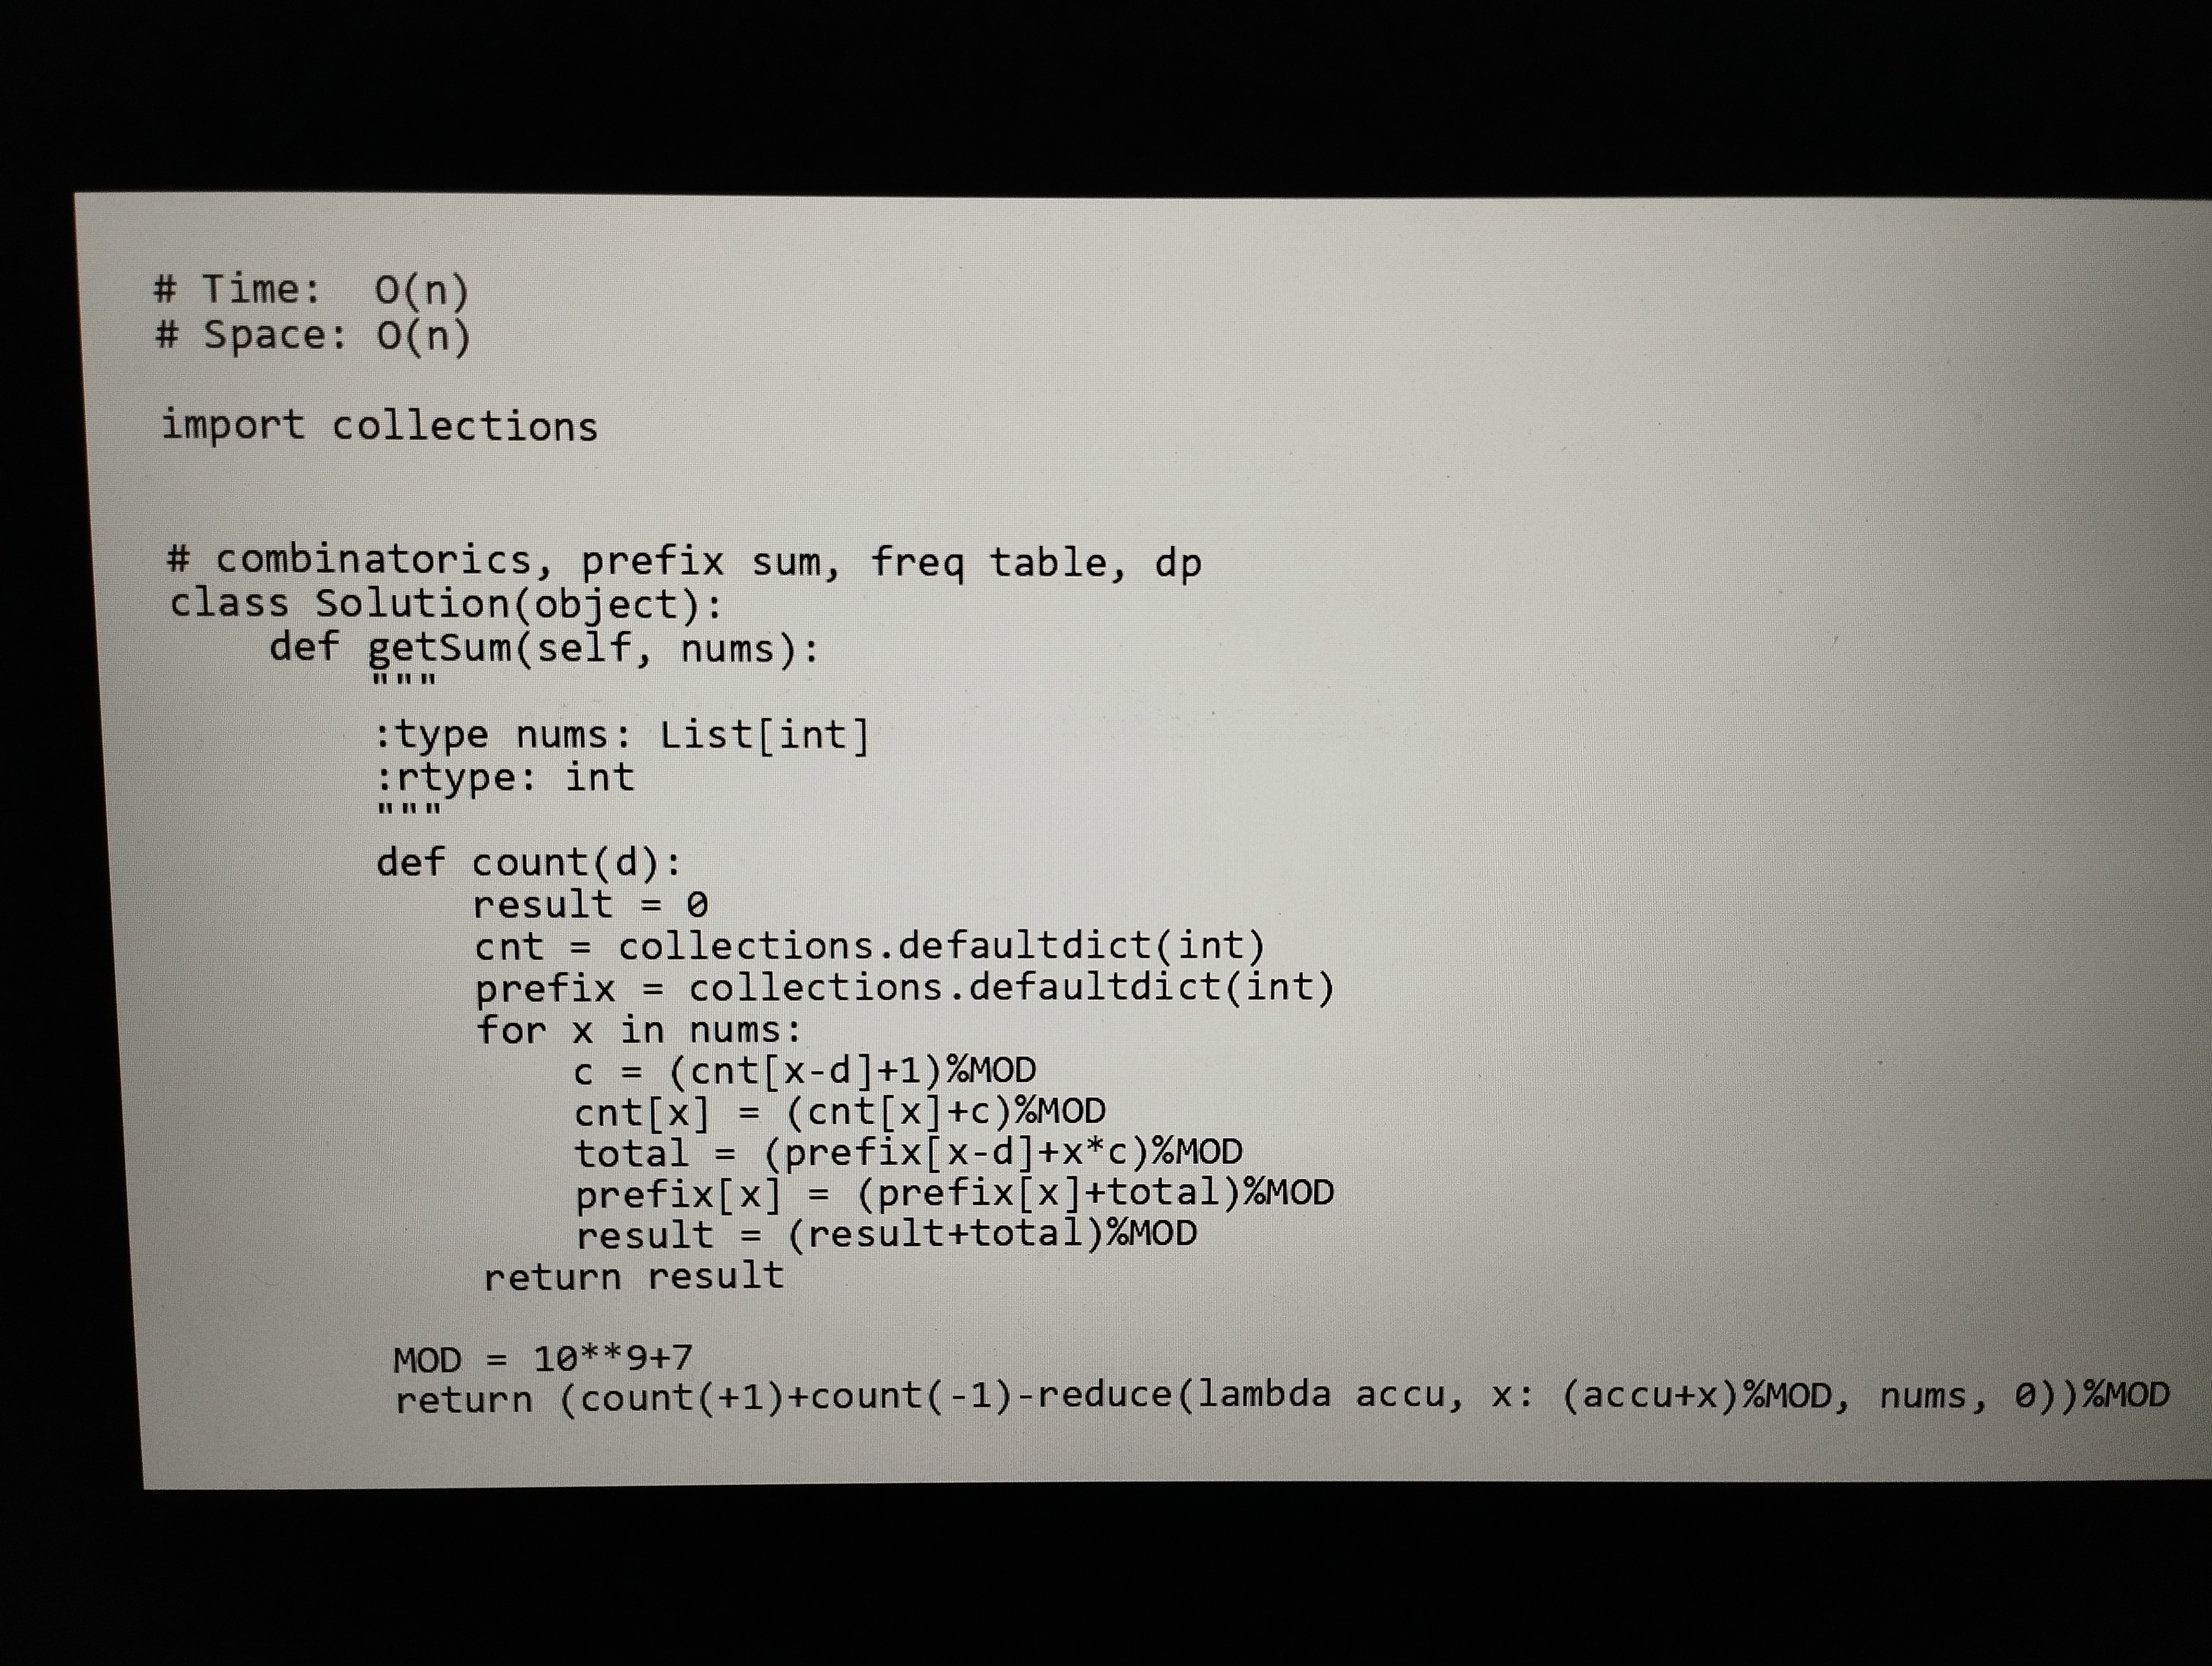
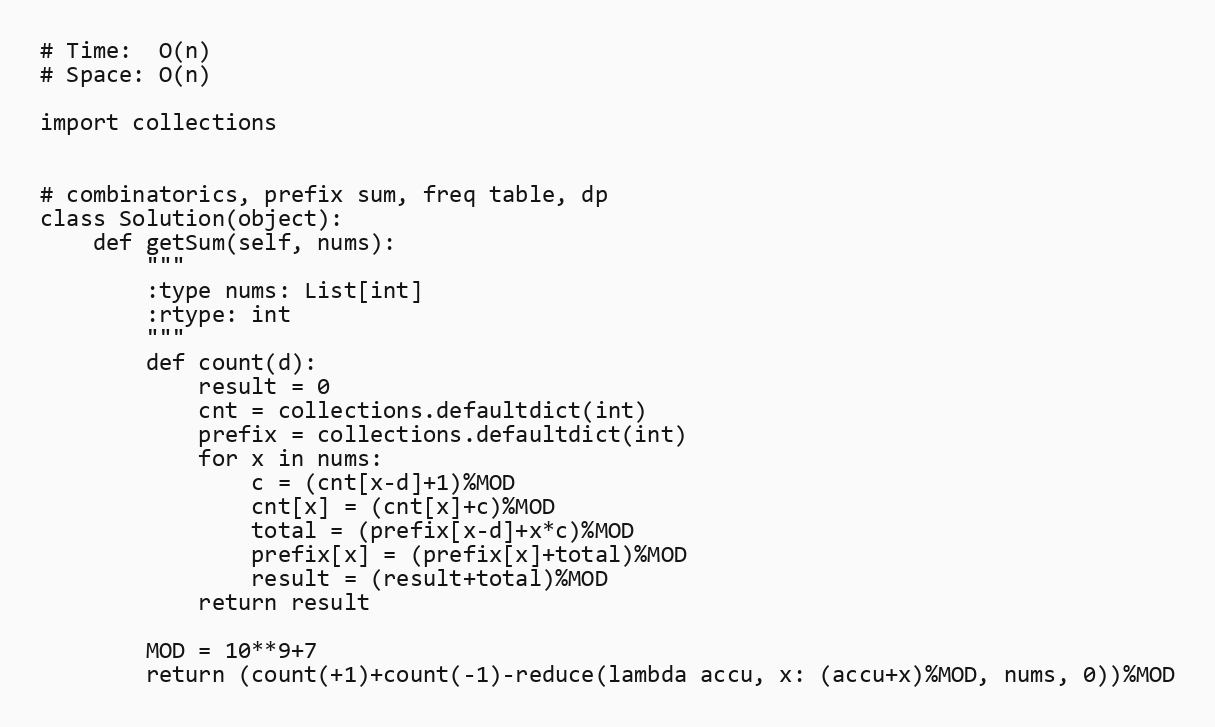
# Time:  O(n)
# Space: O(n)

import collections

# combinatorics, prefix sum, freq table, dp
class Solution(object):
    def getSum(self, nums):
        """
        :type nums: List[int]
        :rtype: int
        """
        def count(d):
            result = 0
            cnt = collections.defaultdict(int)
            prefix = collections.defaultdict(int)
            for x in nums:
                c = (cnt[x-d]+1)%MOD
                cnt[x] = (cnt[x]+c)%MOD
                total = (prefix[x-d]+x*c)%MOD
                prefix[x] = (prefix[x]+total)%MOD
                result = (result+total)%MOD
            return result

        MOD = 10**9+7
        return (count(+1)+count(-1)-reduce(lambda accu, x: (accu+x)%MOD, nums, 0))%MOD